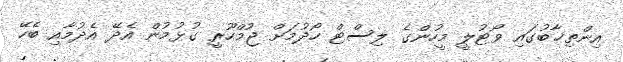
އިންތިޚާބުގައި ވޯޓުލީ މީހުންގެ ލިސްޓް ހޯދުމަށް ޖުމްހޫރީ ގުޅުމުން އެދޭ އެދުމާއި ބެހޭ